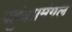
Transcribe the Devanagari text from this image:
पहुंचा।मंगल